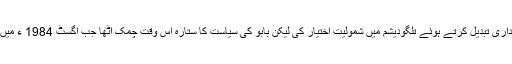
چندرا گری سے شکست کے بعد بابو نے اپنی سیاسی وفاداری تبدیل کرتے ہوئے تلگودیشم میں شمولیت اختیار کی لیکن بابو کی سیاست کا ستارہ اُس وقت چمک اُٹھا جب اگسٹ 1984 ء میں ناڈینڈلہ بھاسکر راؤ نے این ٹی آر کے خلاف بغاوت کی۔